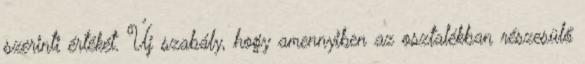
szerinti értékét. Új szabály, hogy amennyiben az osztalékban részesülő